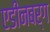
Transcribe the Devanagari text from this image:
एडीनबर्ग